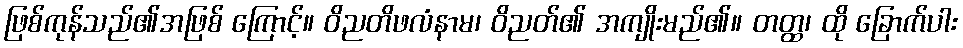
ဖြစ်ကုန်သည်၏အဖြစ် ကြောင့်။ ဝိညတိဖလံနာမ၊ ဝိညတ်၏ အကျိုးမည်၏။ တတ္ထ၊ ထို ခြောက်ပါး